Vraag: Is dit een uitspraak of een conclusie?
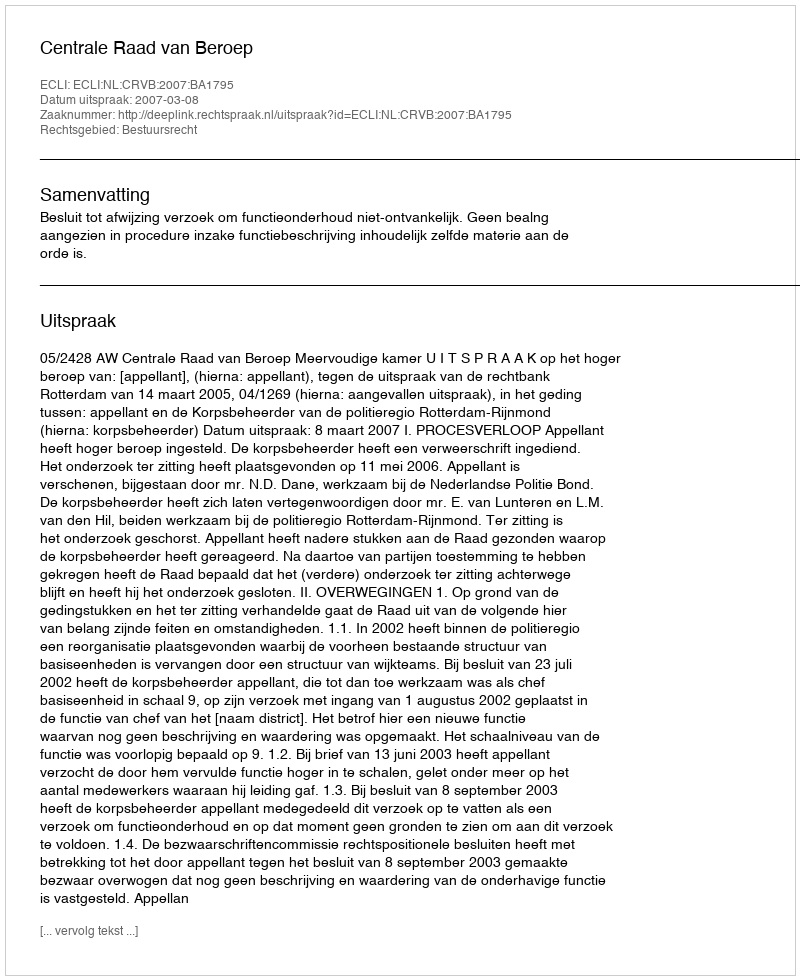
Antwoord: Uitspraak